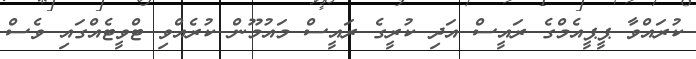
ކުރައްވާ ޕީޕީއެމްގެ ރައީސް އަދި ކުރީގެ ރައީސް މައުމޫން ކުރެއްވި ޓްވީޓެއްގައި ވެސް